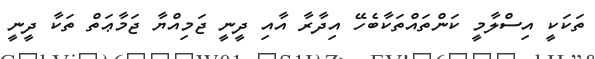
ތަކަކީ އިސްލާމީ ކަންތައްތަކާބެހޭ އިދާރާ އާއި ދީނީ ޖަމިއްޔާ ޖަމާޢަތް ތަކާ ދީނީ